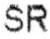
SR